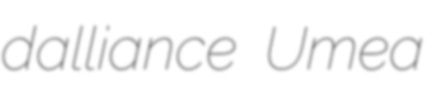
dalliance Umea